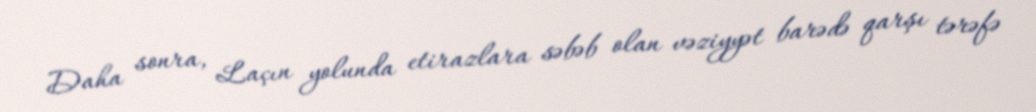
Daha sonra, Laçın yolunda etirazlara səbəb olan vəziyyət barədə qarşı tərəfə